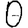
Digit: 0